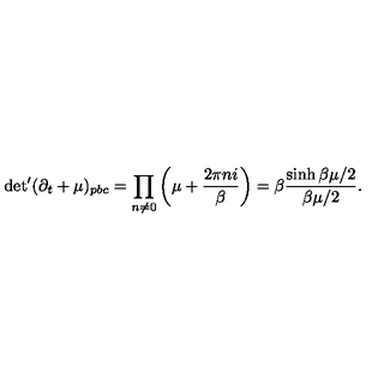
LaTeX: \mathrm { d e t } ^ { \prime } ( \partial _ { t } + \mu ) _ { p b c } = \prod _ { n \neq 0 } \left( \mu + \frac { 2 \pi n i } { \beta } \right) = \beta \frac { \sinh \beta \mu / 2 } { \beta \mu / 2 } .